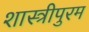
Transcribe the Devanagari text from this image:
शास्त्रीपुरम